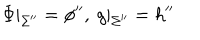
\Phi | _ { \Sigma ^ { \prime \prime } } = \phi ^ { \prime \prime } , ~ g | _ { \Sigma ^ { \prime \prime } } = h ^ { \prime \prime }